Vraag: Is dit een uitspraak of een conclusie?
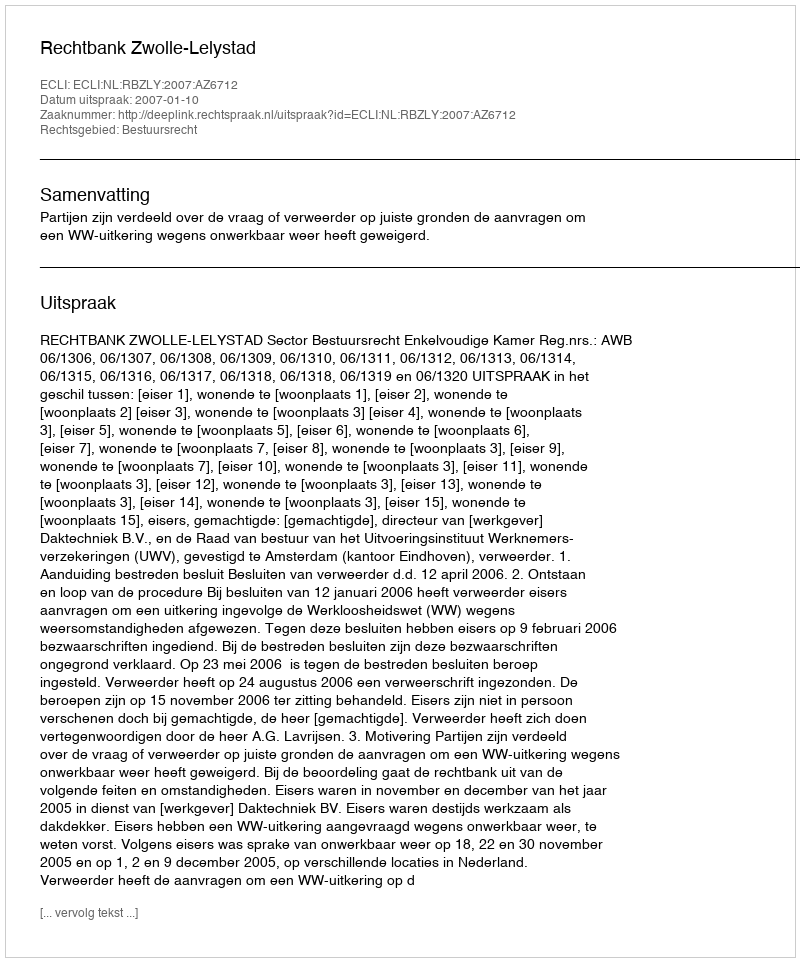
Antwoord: Uitspraak